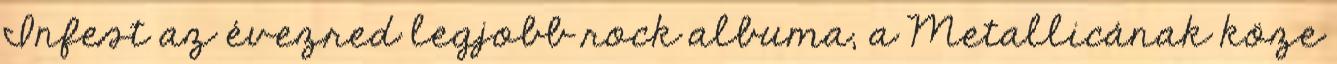
Infest az évezred legjobb rock albuma, a Metallicának köze